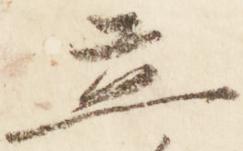
立